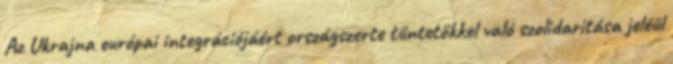
Az Ukrajna európai integrációjáért országszerte tüntetőkkel való szolidaritása jeléül